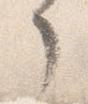
了